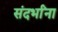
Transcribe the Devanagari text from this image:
संदर्भांना